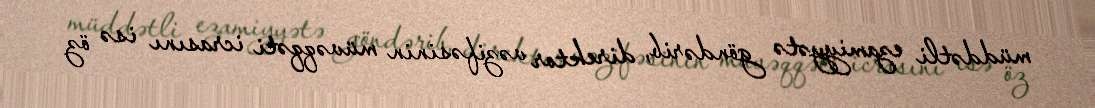
müddətli ezamiyyətə göndərib, direktor vəzifəsinin müvəqqəti icrasını isə öz